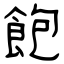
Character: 飽